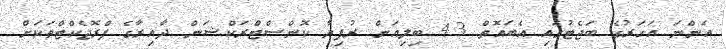
އަންނަ އަހަރުގެ ބަޖެޓުގައި އެބައޮތް 4.3 ބިލިއަން ރުފިޔާ ކޮންސްޓްރަކްޝަން ދާއިރާގެ ޕްރޮޖެކްްޓްތަކަށް